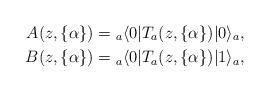
LaTeX: \begin{align*}A(z,\{ \alpha \})={}_a \langle 0|T_{a}(z, \{ \alpha \})|0 \rangle_{a}, \\B(z,\{ \alpha \})={}_a \langle 0|T_{a}(z, \{ \alpha \})|1 \rangle_{a},\end{align*}